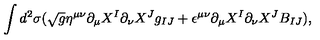
\int d ^ { 2 } \sigma ( \sqrt { g } \eta ^ { \mu \nu } \partial _ { \mu } X ^ { I } \partial _ { \nu } X ^ { J } g _ { I J } + \epsilon ^ { \mu \nu } \partial _ { \mu } X ^ { I } \partial _ { \nu } X ^ { J } B _ { I J } ) ,